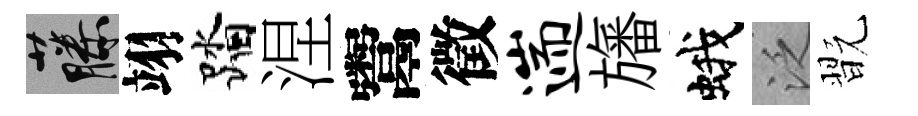
藤翊踏涅鬻徵遄旛蛾泛翫